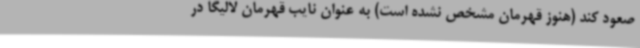
صعود کند (هنوز قهرمان مشخص نشده است) به عنوان نایب قهرمان لالیگا در